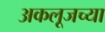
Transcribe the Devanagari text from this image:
अकलूजच्या